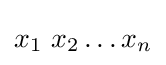
{\textstyle x_{1}\ x_{2}\ldots x_{n}}